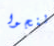
ينجوا